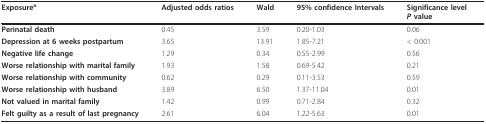
<table><thead><tr><td><b>Exposure<sup>a</sup></b></td><td><b>Adjusted odds ratios</b></td><td><b>Wald</b></td><td><b>95% confidence Intervals</b></td><td><b>Significance level<i>P </i>value</b></td></tr></thead><tbody><tr><td><b>Perinatal death</b></td><td>0.45</td><td>3.59</td><td>0.20-1.03</td><td>0.06</td></tr><tr><td><b>Depression at 6 weeks postpartum</b></td><td>3.65</td><td>13.91</td><td>1.85-7.21</td><td>&lt; 0.001</td></tr><tr><td><b>Negative life change</b></td><td>1.29</td><td>0.34</td><td>0.55-2.99</td><td>0.56</td></tr><tr><td><b>Worse relationship with marital family</b></td><td>1.93</td><td>1.58</td><td>0.69-5.42</td><td>0.21</td></tr><tr><td><b>Worse relationship with community</b></td><td>0.62</td><td>0.29</td><td>0.11-3.53</td><td>0.59</td></tr><tr><td><b>Worse relationship with husband</b></td><td>3.89</td><td>6.50</td><td>1.37-11.04</td><td>0.01</td></tr><tr><td><b>Not valued in marital family</b></td><td>1.42</td><td>0.99</td><td>0.71-2.84</td><td>0.32</td></tr><tr><td><b>Felt guilty as a result of last pregnancy</b></td><td>2.61</td><td>6.04</td><td>1.22-5.63</td><td>0.01</td></tr></tbody></table>